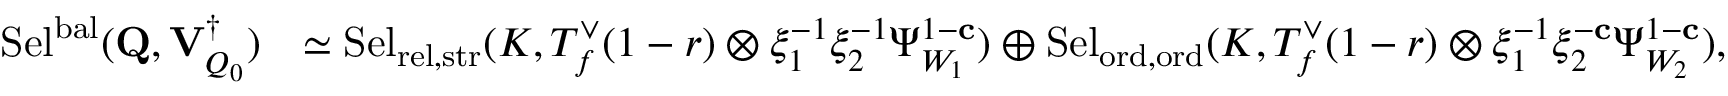
\begin{array} { r l } { \mathrm { S e l } ^ { \mathrm { b a l } } ( \mathbf { Q } , { \mathbf { V } _ { Q _ { 0 } } ^ { \dagger } } ) } & { \simeq \mathrm { S e l } _ { { \mathrm { r e l } , \mathrm { s t r } } } ( K , T _ { f } ^ { \vee } ( 1 - r ) \otimes \xi _ { 1 } ^ { - 1 } \xi _ { 2 } ^ { - 1 } \Psi _ { W _ { 1 } } ^ { 1 - \mathbf { c } } ) \oplus \mathrm { S e l } _ { { \mathrm { o r d } , \mathrm { o r d } } } ( K , T _ { f } ^ { \vee } ( 1 - r ) \otimes \xi _ { 1 } ^ { - 1 } \xi _ { 2 } ^ { - \mathbf { c } } \Psi _ { W _ { 2 } } ^ { 1 - \mathbf { c } } ) , } \end{array}